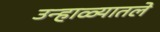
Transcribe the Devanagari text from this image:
उन्हाळ्यातले